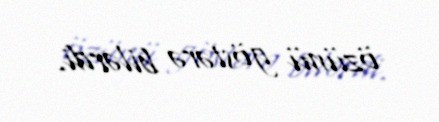
özünü göstərə bilərdi.